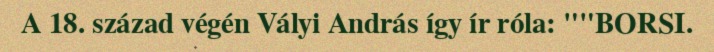
A 18. század végén Vályi András így ír róla: ""BORSI.